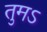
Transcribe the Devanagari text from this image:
तुमऽ